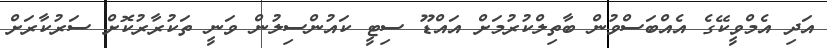
އަދި އެމްވީކޭގެ އެއްބަސްވުން ބާތިލްކުރުމަށް އައްޑޫ ސިޓީ ކައުންސިލުން ވަނީ ތަކުރާރުކޮށް ސަރުކާރަށް